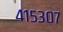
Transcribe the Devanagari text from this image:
४१५३०७